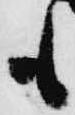
も